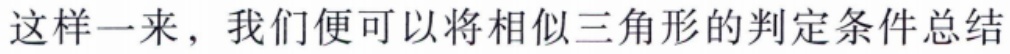
这样一来，我们便可以将相似三角形的判定条件总结